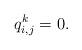
LaTeX: \begin{align*}q_{i,j}^k=0 . \end{align*}